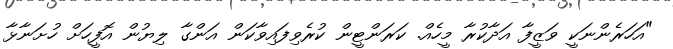
"އަހަރެންނަކީ ވަޒީފާ އަދާކުރާ މީހެއް. ކަރަންޓީން ކުރެވިފައިވާކަން އަންގާ ލިޔުން އޮފީހަށް ހުށަނާޅާ